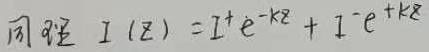
$$
\text{ 同  时  } I(z)=I^{+}e^{-kz}+I^{-}e^{+kz}
$$